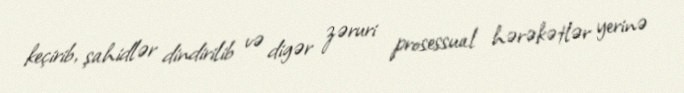
keçirib, şahidlər dindirilib və digər zəruri prosessual hərəkətlər yerinə